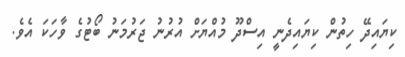
ކިޔައިދޭ ހިތުން ކިޔައިދެނީ އިސްދޫ މުއްޔަށް އުރުނު ޖަރުމަނު ބޯޓުގެ ވާހަކަ އެވެ.